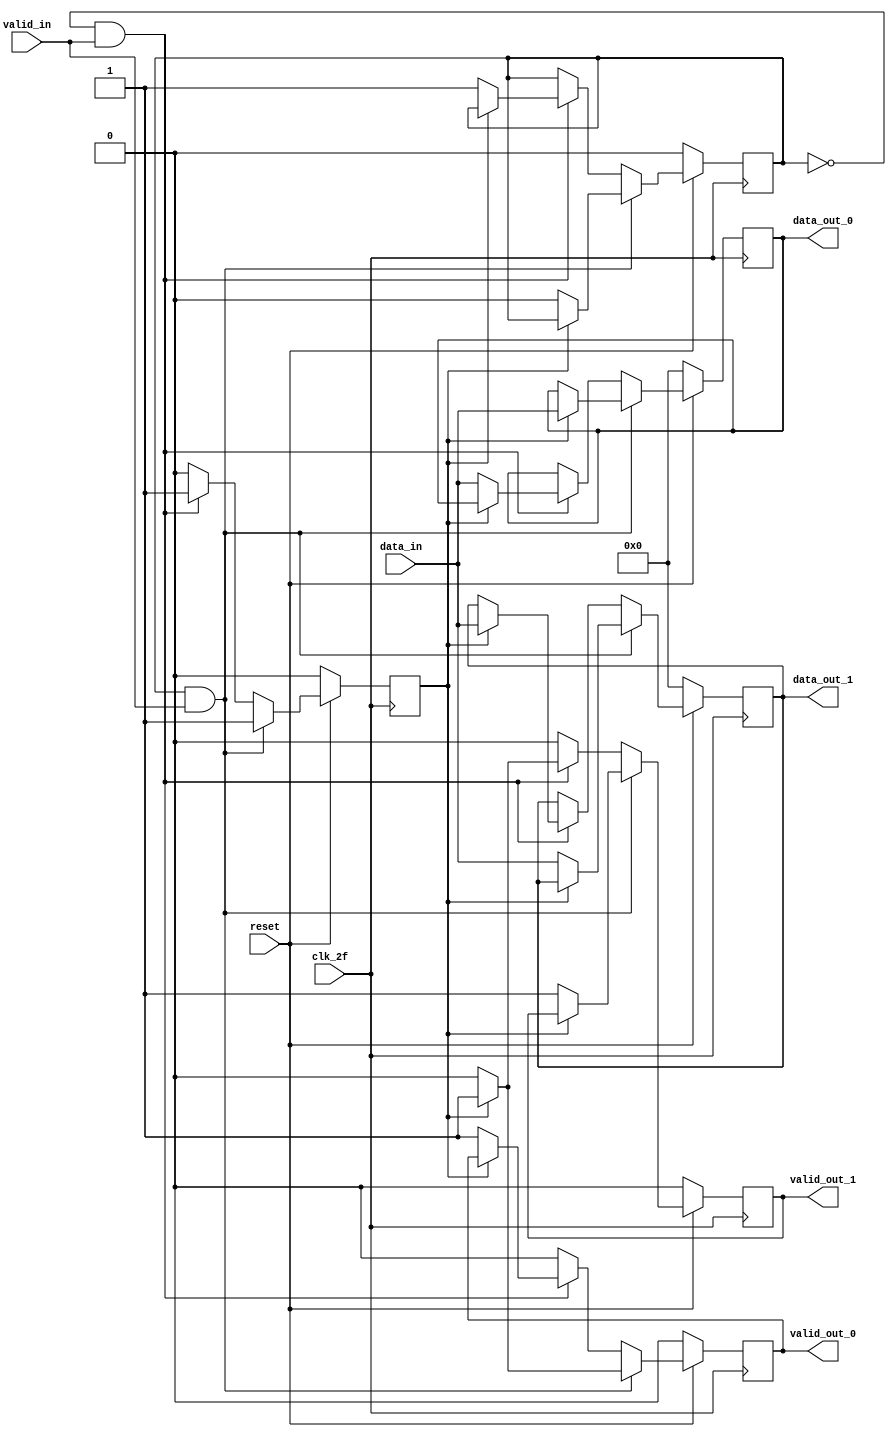
module demux (
	input clk_2f,
	input reset,
	output reg[7:0] data_out_0,
	output reg[7:0] data_out_1,
	input [7:0] data_in,
	input valid_in,
	output reg valid_out_0,
	output reg valid_out_1);
	
	reg selector, flag;
	always @(posedge clk_2f) begin
		if (!reset) begin
			selector <= 0;
			flag <= 0;
			valid_out_0 <= 0;
			valid_out_1 <= 0;
			data_out_0 <= 0;
			data_out_1 <= 0;
		end
		else if (selector == 1 && valid_in == 1) begin

			if (!flag) begin
				data_out_1 <= data_in;
				valid_out_1 <= 1;
				valid_out_0 <= 0;
				selector <= 0;
				flag <= 1;
			end	
			else begin
				data_out_0 <= data_in;
				valid_out_0 <= 1;
			end
		end
		else if(selector == 0 && valid_in == 1) begin
			
			if (!flag) begin
				data_out_0 <= data_in;
				valid_out_0 <= 1;
				valid_out_1 <= 0;
				flag <= 1;
				selector <= 1;
			end
			else begin
				data_out_1 <= data_in;
				valid_out_1 <= 1;
			end
		end
		else begin
			flag <= 0;
			valid_out_0 <= 0;
			valid_out_1 <= 0;
		end
	end

endmodule